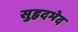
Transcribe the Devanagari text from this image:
सुहृदभेद